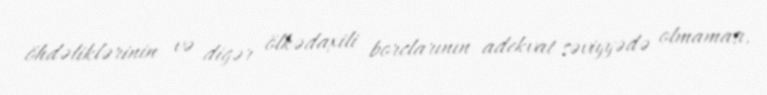
öhdəliklərinin və digər ölkədaxili borclarının adekvat səviyyədə olmaması,